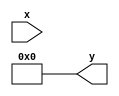
module asinh (
    input signed [31:0] x, // 32-bit signed fixed-point input
    output reg signed [31:0] y // 32-bit signed fixed-point output
);

    // Internal signals
    wire signed [31:0] x_square;
    wire signed [31:0] sqrt_term;
    wire signed [31:0] x_plus_sqrt;

    // Compute x^2
    assign x_square = x * x;

    // Compute sqrt(x^2 + 1) (using a simple iterative method or CORDIC)
    // Note: For simplicity, using a dedicated sqrt function is recommended
    assign sqrt_term = sqrt(x_square + 32'h00000001); // Implement sqrt function as needed

    // Compute x + sqrt(x^2 + 1)
    assign x_plus_sqrt = x + sqrt_term;

    // Compute ln(x + sqrt(x^2 + 1)) (simple approximation)
    // Note: A dedicated logarithm function implementation is recommended
    always @(*) begin
        y = log_approx(x_plus_sqrt); // Implement log_approx function as needed
    end

    // Example implementation for square root (placeholder)
    function signed [31:0] sqrt(input signed [31:0] value);
        // Placeholder: Implement an actual square root computation here (e.g., CORDIC)
        // For simplicity, let's just return zero
        sqrt = 0; // Replace with actual implementation
    endfunction

    // Example implementation for logarithm approximation (placeholder)
    function signed [31:0] log_approx(input signed [31:0] value);
        // Placeholder: Implement actual logarithm approximation logic here
        // For simplicity, let's just return zero
        log_approx = 0; // Replace with actual implementation
    endfunction

endmodule